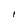
Character: I